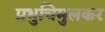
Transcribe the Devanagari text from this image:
प्रभुचिमुलकर